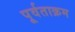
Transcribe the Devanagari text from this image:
पूर्वताक्रम